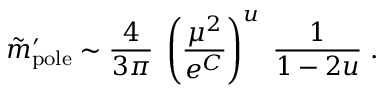
\tilde { m } _ { \mathrm { p o l e } } ^ { \prime } \sim { \frac { 4 } { 3 \pi } } \; \left( { \frac { \mu ^ { 2 } } { e ^ { C } } } \right) ^ { u } \; { \frac { 1 } { 1 - 2 u } } \; .